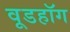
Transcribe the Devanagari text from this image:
वूडहॉग